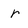
Character: r